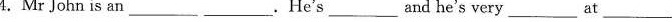
4.Mr John is an.He's ___and he's very ___at ___.